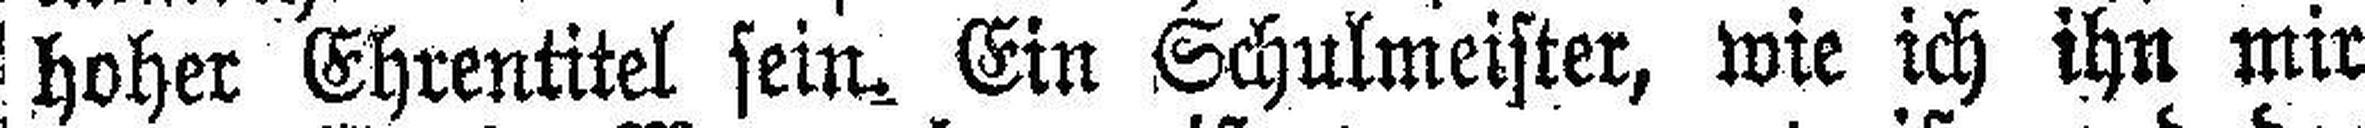
hoher Ehrentitel sein. Ein Schulmeister, wie ich ihn mir